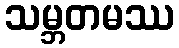
သမ္ဘတမဿ